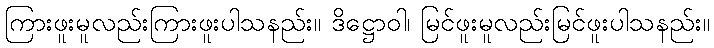
ကြားဖူးမူလည်းကြားဖူးပါသနည်း။ ဒိဋ္ဌောဝါ၊ မြင်ဖူးမူလည်းမြင်ဖူးပါသနည်း။